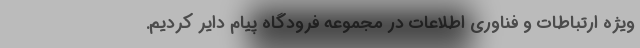
ویژه ارتباطات و فناوری اطلاعات در مجموعه فرودگاه پیام دایر کردیم.